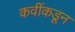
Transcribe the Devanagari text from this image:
कवींकडून